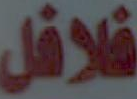
فلافل